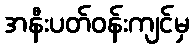
အနီးပတ်ဝန်းကျင်မှ